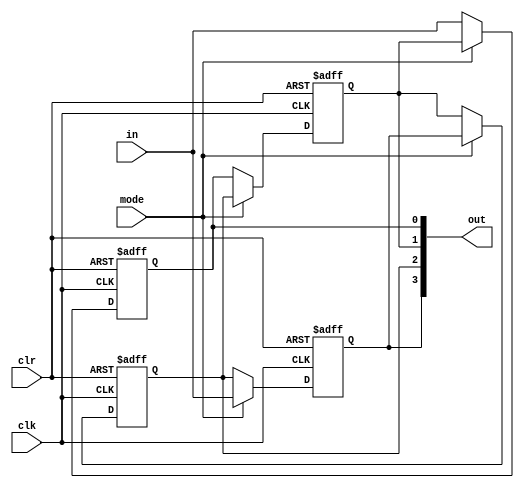
`timescale 1ns / 1ps
//////////////////////////////////////////////////////////////////////////////////
// Company: 
// Engineer: 
// 
// Design Name: 
// Module Name: BIDIRECTIONAL_REGISTER
// Project Name: 
// Target Devices: 
// Tool Versions: 
// Description: 
// 
// Dependencies: 
// 
// Revision:
// Revision 0.01 - File Created
// Additional Comments:
// 
//////////////////////////////////////////////////////////////////////////////////


module BIDIRECTIONAL_REGISTER(in,mode,clk,clr,out);
input in,mode,clk,clr;
  output [3:0] out;
  reg  q0,q1,q2,q3;
always@(posedge clk or posedge clr)
begin
if(clr)         //Clearing output
     begin
      q3<=0;
      q2<=0;
      q1<=0;
      q0<=0;
     end
    else if(mode)  //Right shifting of input
     begin
      q3<=in;
      q2<=q3;
      q1<=q2;
      q0<=q1;
     end
        else          //Left shifting of input
         begin
         q0<=in;
         q1<=q0;
         q2<=q1;
         q3<=q2;
        end
end
  assign out[0]=q0; assign out[1]=q1; assign out[2]=q2; assign out[3]=q3;
endmodule